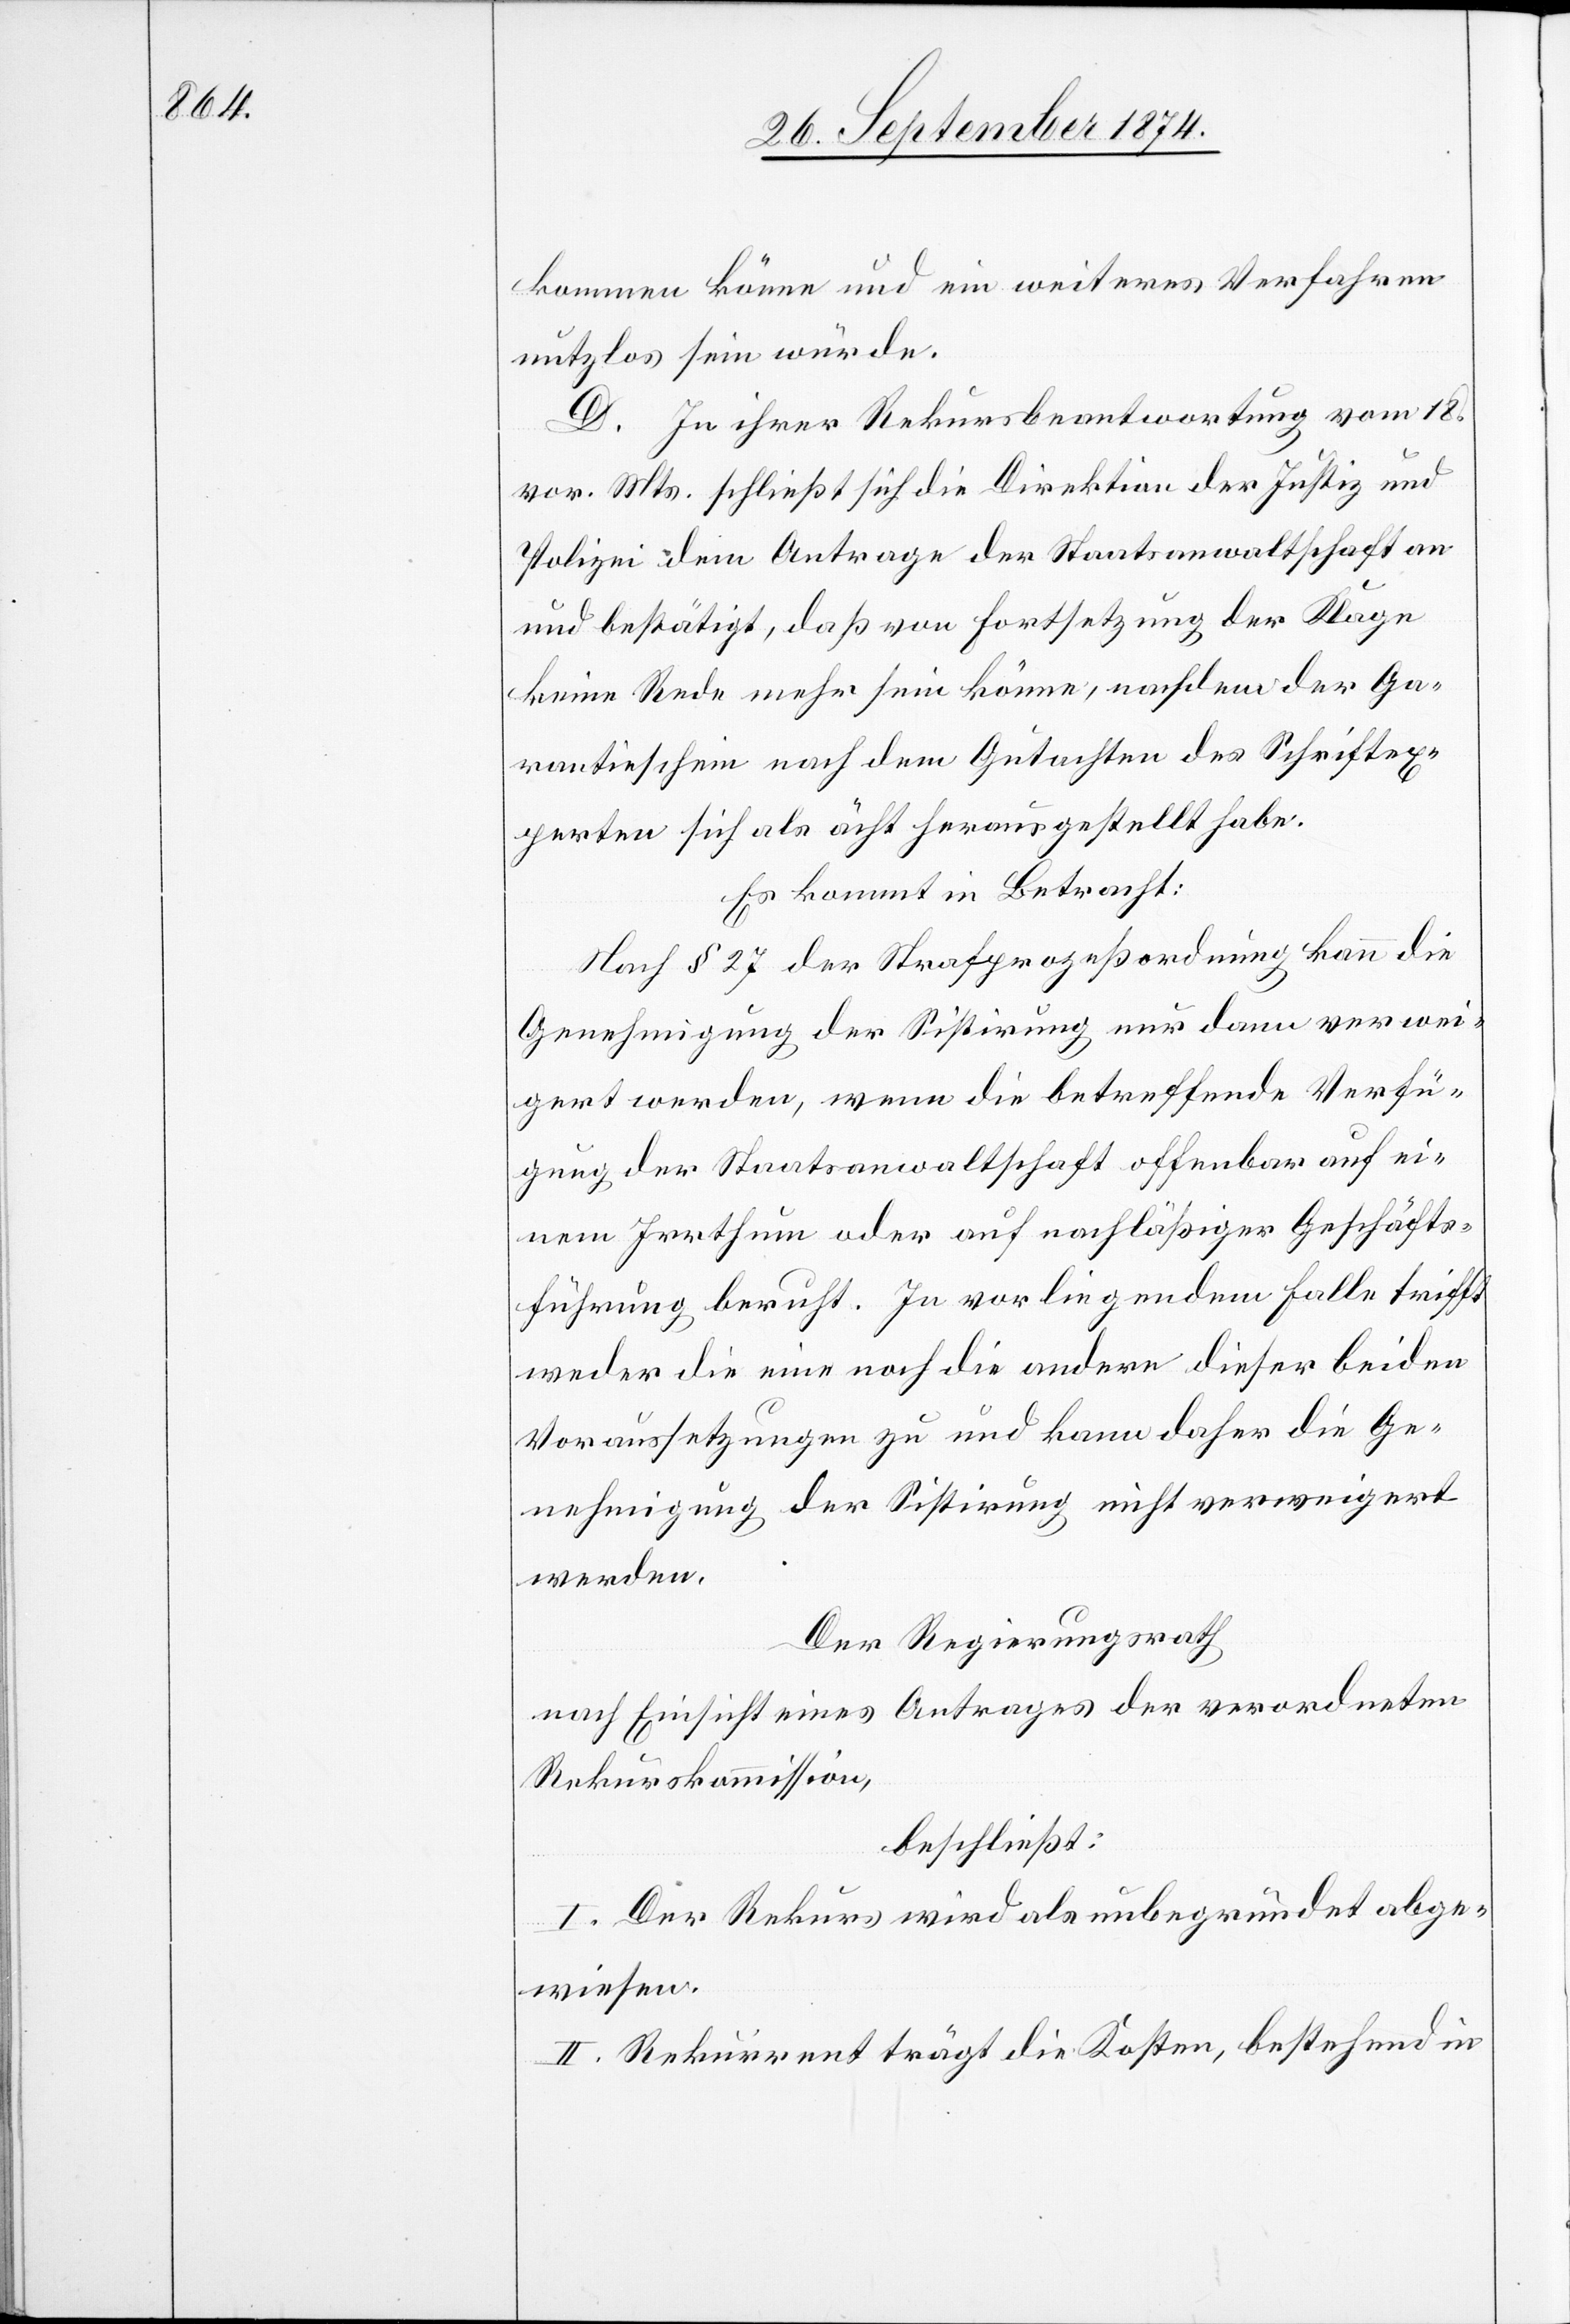
kommen könne und ein weiteres Verfahren
nutzlos sein würde.
D. In ihrer Rekursbeantwortung vom 18.
vor. Mts. schließt sich die Direktion der Justiz und
Polizei dem Antrage der Staatsanwaltschaft an
und bestätigt, daß von Fortsetzung der Klage
keine Rede mehr sein könne, nachdem der Ga¬
rantieschein nach dem Gutachten des Schriftex¬
perten sich als ächt herausgestellt habe.
Es kommt in Betracht:
Nach § 27 der Strafprozeßordnung kann die
Genehmigung der Sistirung nur dann verwei¬
gert werden, wenn die betreffende Verfü¬
gung der Staatsanwaltschaft offenbar auf ei¬
nem Irrthum oder auf nachläßiger Geschäfts¬
führung beruht. In vorliegendem Falle trifft
weder die eine noch die andere dieser beiden
Voraussetzungen zu und kann daher die Ge¬
nehmigung der Sistirung nicht verweigert
werden.
Der Regierungsrath
nach Einsicht eines Antrages der verordneten
Rekurskommission,
beschließt:
I. Der Rekurs wird als unbegründet abge¬
wiesen.
II. Rekurrent trägt die Kosten, bestehend in